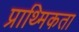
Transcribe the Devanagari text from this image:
प्राथ्मिकता